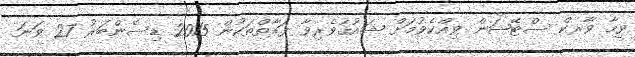
ވީމާ ވާރކް ސްޓޭޝަން ވިއްކެވުމަށް ޝައުޤުވެރިވާ ފަރާތްތަކުން 2015 ޑިސެންބަރު 27 ވަނަ